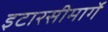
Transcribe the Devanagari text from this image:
इटारसीमार्गे